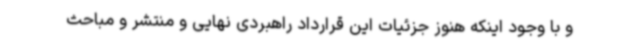
و با وجود اینکه هنوز جزئیات این قرارداد راهبردی نهایی و منتشر و مباحث